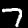
Label: 7